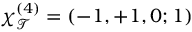
\chi _ { \mathcal { T } } ^ { ( 4 ) } = ( - 1 , + 1 , 0 ; 1 )